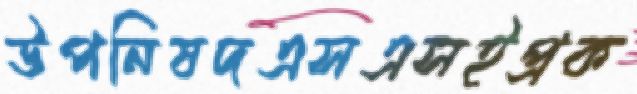
উপনিষদএসএসইপ্রক